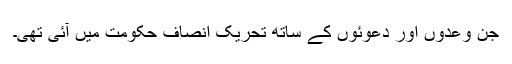
جن وعدوں اور دعوئوں کے ساتھ تحریک انصاف حکومت میں آئی تھی۔